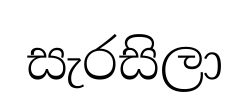
සැරසිලා